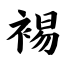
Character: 裼